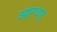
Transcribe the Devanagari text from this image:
आरथर्